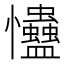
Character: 𢦃